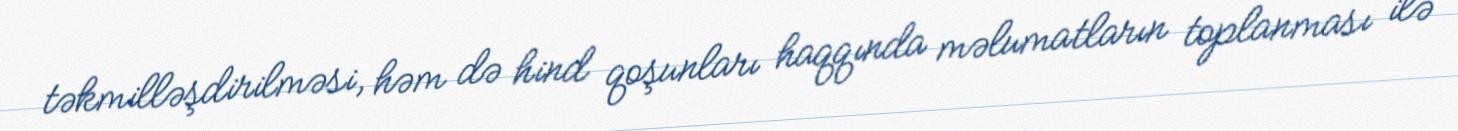
təkmilləşdirilməsi, həm də hind qoşunları haqqında məlumatların toplanması ilə